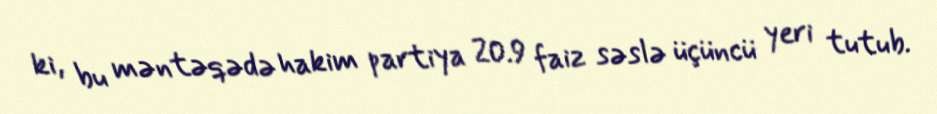
ki, bu məntəqədə hakim partiya 20.9 faiz səslə üçüncü yeri tutub.